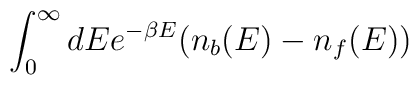
\int_{0}^{\infty} dE {e^{-\beta E}(n_b(E) - n_f(E))}